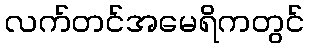
လက်တင်အမေရိကတွင်